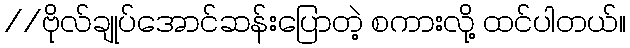
//ဗိုလ်ချုပ်အောင်ဆန်းပြောတဲ့ စကားလို့ ထင်ပါတယ်။